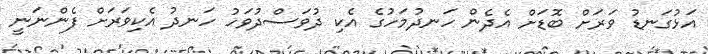
އަޅުގަނޑު ވަރަށް ބޮޑަށް އެދެން ހަނދުމަހުގެ އެކި ދުވަސްދުވަހު ހަނދު އެކިވަރަށް ފެންނަނީ